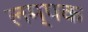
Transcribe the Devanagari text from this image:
लम्पक